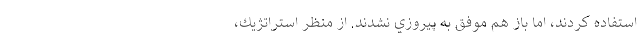
استفاده كردند، اما باز هم موفق به پيروزي نشدند. از منظر استراتژيك،